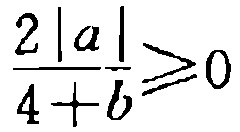
$\frac{2|a|}{4 + b}\geq0$